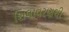
શિલાવરણથી